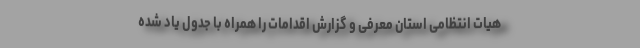
هیات انتظامی استان معرفی و گزارش اقدامات را همراه با جدول یاد شده